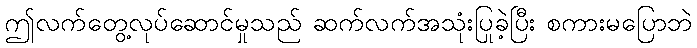
ဤလက်တွေ့လုပ်ဆောင်မှုသည် ဆက်လက်အသုံးပြုခဲ့ပြီး စကားမပြောဘဲ